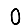
Digit: 0